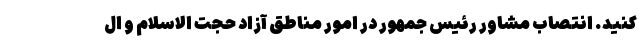
کنید. انتصاب مشاور رئیس جمهور در امور مناطق آزاد حجت الاسلام و ال